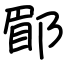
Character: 郿